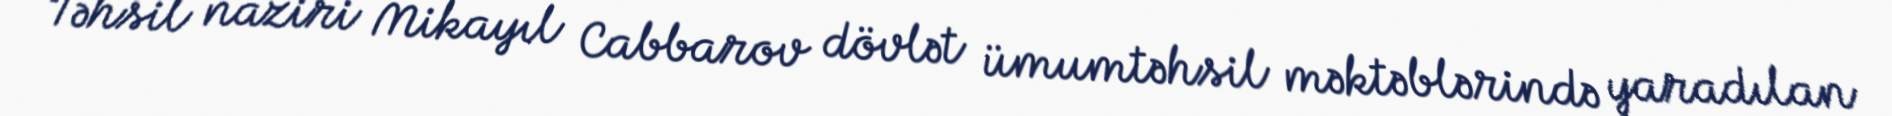
Təhsil naziri Mikayıl Cabbarov dövlət ümumtəhsil məktəblərində yaradılan